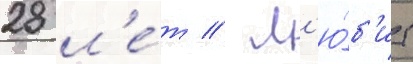
28 л'е́т // Л'ю́б'ит